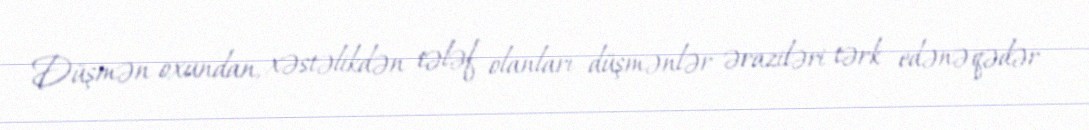
Düşmən oxundan, xəstəlikdən tələf olanları düşmənlər əraziləri tərk edənə qədər